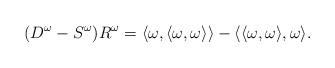
LaTeX: \begin{align*}(D^{\omega}-S^{\omega})R^{\omega}=\langle \omega,\langle \omega,\omega\rangle\rangle-\langle\langle \omega,\omega\rangle,\omega\rangle.\end{align*}